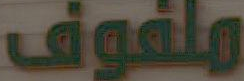
ملفوف